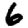
Digit: 6